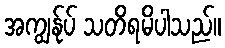
အကျွန်ုပ် သတိရမိပါသည်။